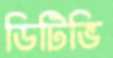
ডিটিভি